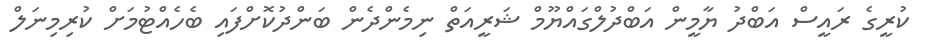
ކުރީގެ ރައީސް އަބްދު ޔާމީން އަބްދުލްގައްޔޫމް ޝަރީއަތް ނިމެންދެން ބަންދުކޮށްފައި ބެހެއްޓުމަށް ކުރިމިނަލް